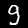
Digit: 9